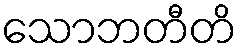
သောဘတီတိ